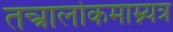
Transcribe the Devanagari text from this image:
तन्त्रालोकमाम्न्यत्र